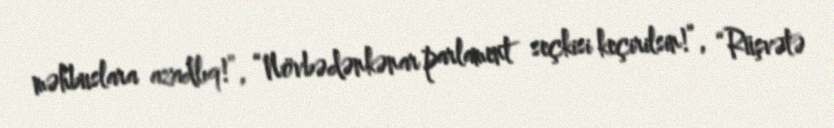
məhbuslara azadlıq!”, “Növbədənkənar parlament seçkisi keçirilsin!”, “Rüşvətə